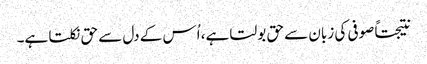
نتیجتاً صوفی کی زبان سے حق بولتا ہے، اُس کے دل سے حق نکلتا ہے۔